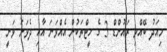
މިއަދު ބޭއްވި ރައުންޑް 3 ގެ ހީޓްތަކުން އެއްވަނަ އާއި ދެވަނަ ވަނީ